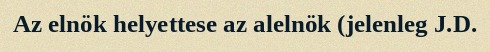
Az elnök helyettese az alelnök (jelenleg J.D.